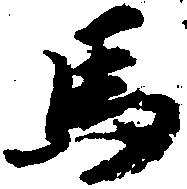
馬